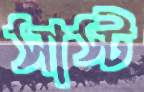
সাস্ট